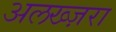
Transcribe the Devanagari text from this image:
अलख्ज़रा